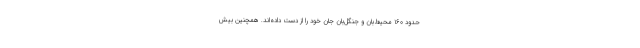
حدود ۱۶۰ محیط‌بان و جنگل‌بان جان خود را از دست داده‌اند. همچنین بیش